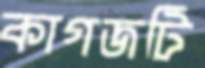
কাগজটি